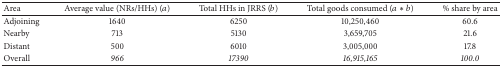
<table><thead><tr><td><b>Area</b></td><td><b>Average value (NRs/HHs) (<i>a</i>)</b></td><td><b>Total HHs in JRRS (<i>b</i>)</b></td><td><b>Total goods consumed (<i>a∗b</i>)</b></td><td><b>% share by area</b></td></tr></thead><tbody><tr><td>Adjoining</td><td>1640</td><td>6250</td><td>10,250,460</td><td>60.6</td></tr><tr><td>Nearby</td><td>713</td><td>5130</td><td>3,659,705</td><td>21.6</td></tr><tr><td>Distant</td><td>500</td><td>6010</td><td>3,005,000</td><td>17.8</td></tr><tr><td>Overall</td><td><i>966</i></td><td><i>17390</i></td><td><i>16,915,165</i></td><td><i>100.0</i></td></tr></tbody></table>